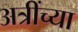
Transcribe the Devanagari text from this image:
अत्रींच्या